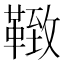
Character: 𩋩